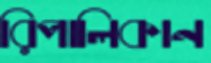
রিপালিকান